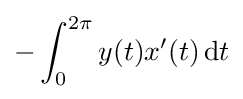
-\int _{0}^{2\pi }y(t)x'(t)\,\mathrm {d} t